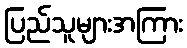
ပြည်သူများအကြား